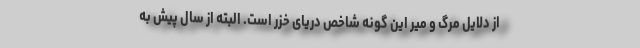
از دلایل مرگ و میر این گونه شاخص دریای خزر است. البته از سال پیش به